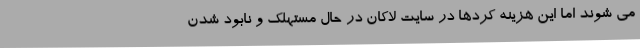
می شوند اما این هزینه کردها در سایت لاکان در حال مستهلک و نابود شدن